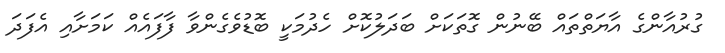
ގުރުއާންގެ އާޔަތްތައް ބޭނުން ގޮތަކަށް ބަދަލުކޮށް ހެދުމަކީ ބޮޑުވެގެންވާ ފާފައެއް ކަމަށާއި އެފަދަ